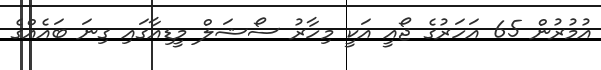
އުމުރުން 65 އަހަރުގެ ޖޯއީ އަކީ މިހާރު ސޯޝަލް މީޑިއާގައި ގިނަ ބައެއްގެ